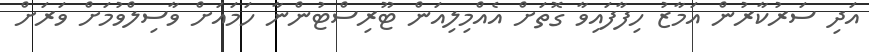
އަދި ސަރުކާރުން އަމާޒު ހިފާފައިވާ ގޮތަށް އެއްމިލިއަން ޓޫރިސްޓުންނާ ހަމައަށް ވާސިލްވުމަށް ވަރަށް